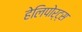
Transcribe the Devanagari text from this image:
हेलिपोर्ट्स